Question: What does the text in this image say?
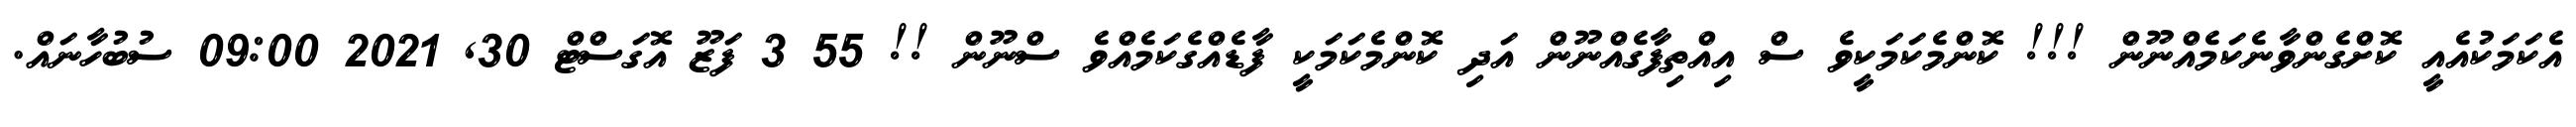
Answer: އެކަމަކުއެއީ ކޮށްގެންވާނެކަމެއްނޫން !!! ކޮންމެކަމަކީވެ ސް އިއްތިފާގެއްނޫން އަދި ކޮންމެކަމަކީ ފާޑެއްގެކަމެއްވެ ސްނޫން !! 55 3 ފަޒޫ އޮގަސްޓް 30, 2021 09:00 ސުބުހާނައް.